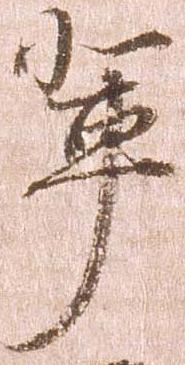
輩